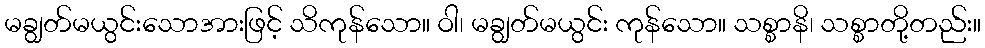
မချွတ်မယွင်းသောအားဖြင့် သိကုန်သော။ ဝါ၊ မချွတ်မယွင်း ကုန်သော။ သစ္စာနိ၊ သစ္စာတို့တည်း။